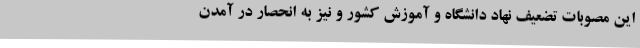
این مصوبات تضعیف نهاد دانشگاه و آموزش کشور و نیز به انحصار در آمدن